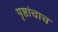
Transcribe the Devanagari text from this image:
पृष्ठांचाच